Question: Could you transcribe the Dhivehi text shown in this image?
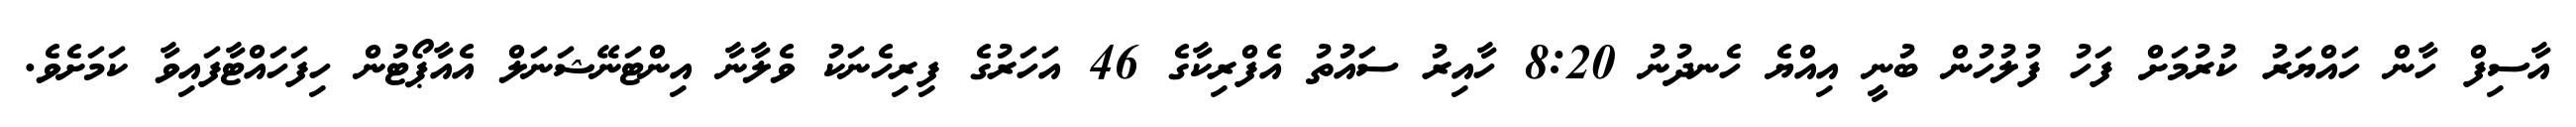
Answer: އާސިފް ހާން ހައްޔަރު ކުރުމަށް ފަހު ފުލުހުން ބުނީ އިއްޔެ ހެނދުނު 8:20 ހާއިރު ސައުތު އެފްރިކާގެ 46 އަހަރުގެ ފިރިހެނަކު ވެލާނާ އިންޓަނޭޝަނަލް އެއާޕޯޓުން ހިފަހައްޓާފައިވާ ކަމަށެވެ.